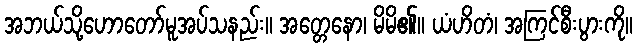
အဘယ်သို့ဟောတော်မူအပ်သနည်း။ အတ္တေနော၊ မိမိ၏။ ယံဟိတံ၊ အကြင်စီးပွားကို။